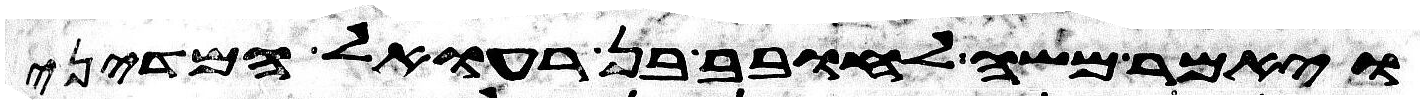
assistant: ויאמר משה לחובב בן רעואל המדיני